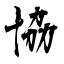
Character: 協